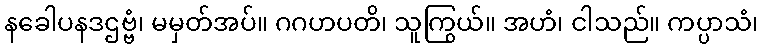
နခေါပနဒဌဗ္ဗံ၊ မမှတ်အပ်။ ဂဂဟပတိ၊ သူကြွယ်။ အဟံ၊ ငါသည်။ ကပ္ပာသံ၊